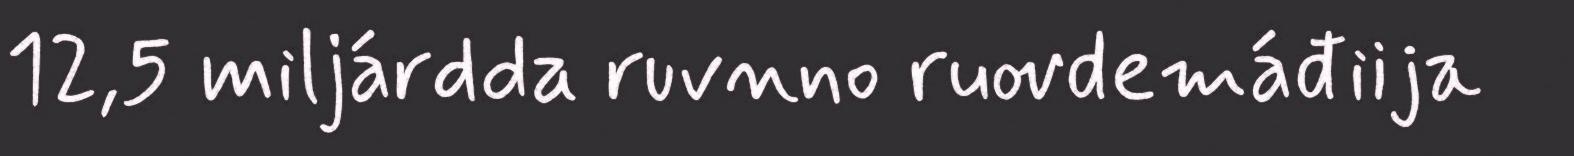
12,5 miljárdda ruvnno ruovdemáđiija